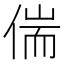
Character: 偳